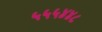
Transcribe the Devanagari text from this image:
५५५४४८